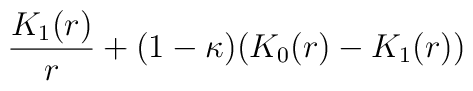
\frac{K_1(r)}{r} + (1-\kappa) (K_0(r) - K_1(r))